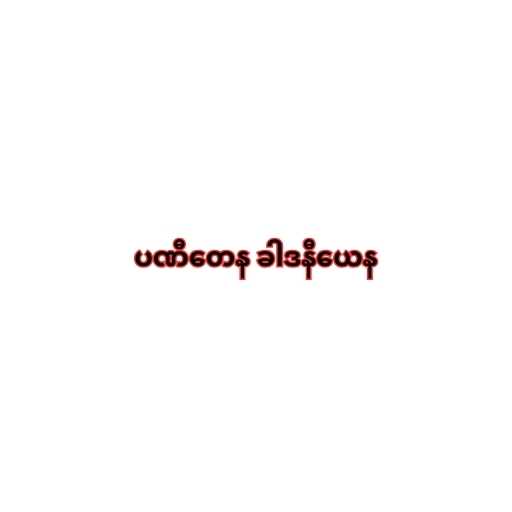
ပဏီတေန ခါဒနီယေန